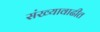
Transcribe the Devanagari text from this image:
संख्यावाढीत